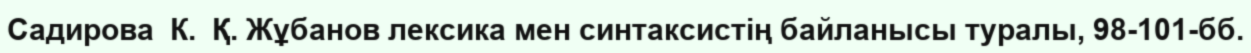
Садирова  К.  Қ. Жұбанов лексика мен синтаксистің байланысы туралы, 98-101-бб.